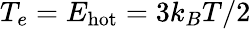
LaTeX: T_{e}=E_{\mathrm{hot}}=3k_{B}T/2